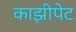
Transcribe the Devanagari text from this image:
काझीपेट